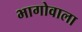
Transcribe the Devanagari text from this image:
भागोवाला